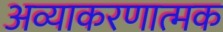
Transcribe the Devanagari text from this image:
अव्याकरणात्मक